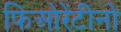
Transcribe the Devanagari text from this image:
फिओरेंटीनो